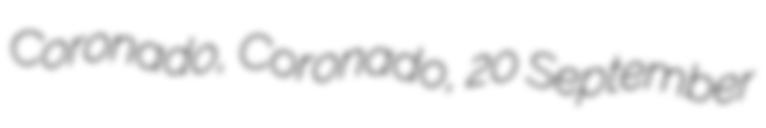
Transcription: Coronado, Coronado, 20 September